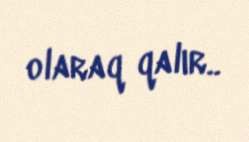
olaraq qalır..